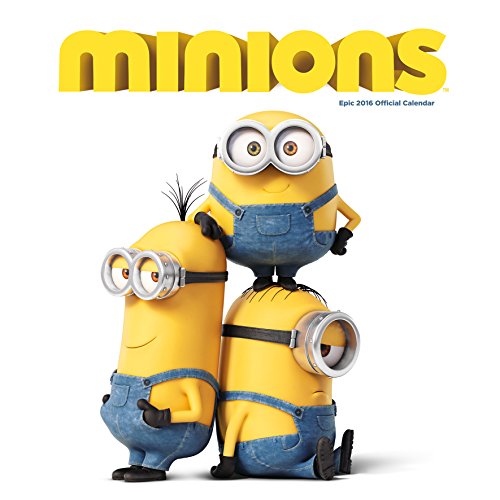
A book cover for The Official Minions Movie 2016 Square Calendar; Calendars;